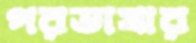
পরভাষার